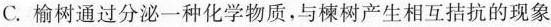
C.榆树通过分泌一种化学物质，与楝树产生相互拮抗的现象